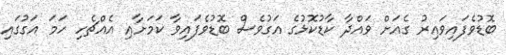
ބޮޑުވެފައިވައިރު ގެއަށް ވައްދާ ކާޑުކޮޅުގެ އަގުވެސް ބޮޑުވެފައިވާ ކަމަށާއި އެއްޗެހި ހަމަ އަގުގައި